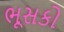
ભૂસકો